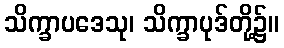
သိက္ခာပဒေသု၊ သိက္ခာပုဒ်တို့၌။